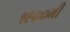
૧૯૦૦મી